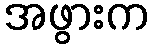
အဖွားက